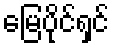
မြေပိုင်ရှင်